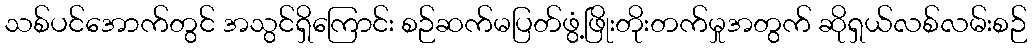
သစ်ပင်အောက်တွင် အသွင်ရှိကြောင်း စဉ်ဆက်မပြတ်ဖွံ့ဖြိုးတိုးတက်မှုအတွက် ဆိုရှယ်လစ်လမ်းစဉ်